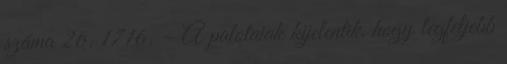
száma 26. 1716. – A palotaiak kijelentik, hogy legfeljebb